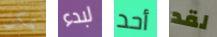
يمكن لبدء أحد لقد